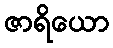
ဇာရိယော